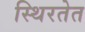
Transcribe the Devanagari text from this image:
स्थिरतेत